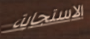
الاستجابة